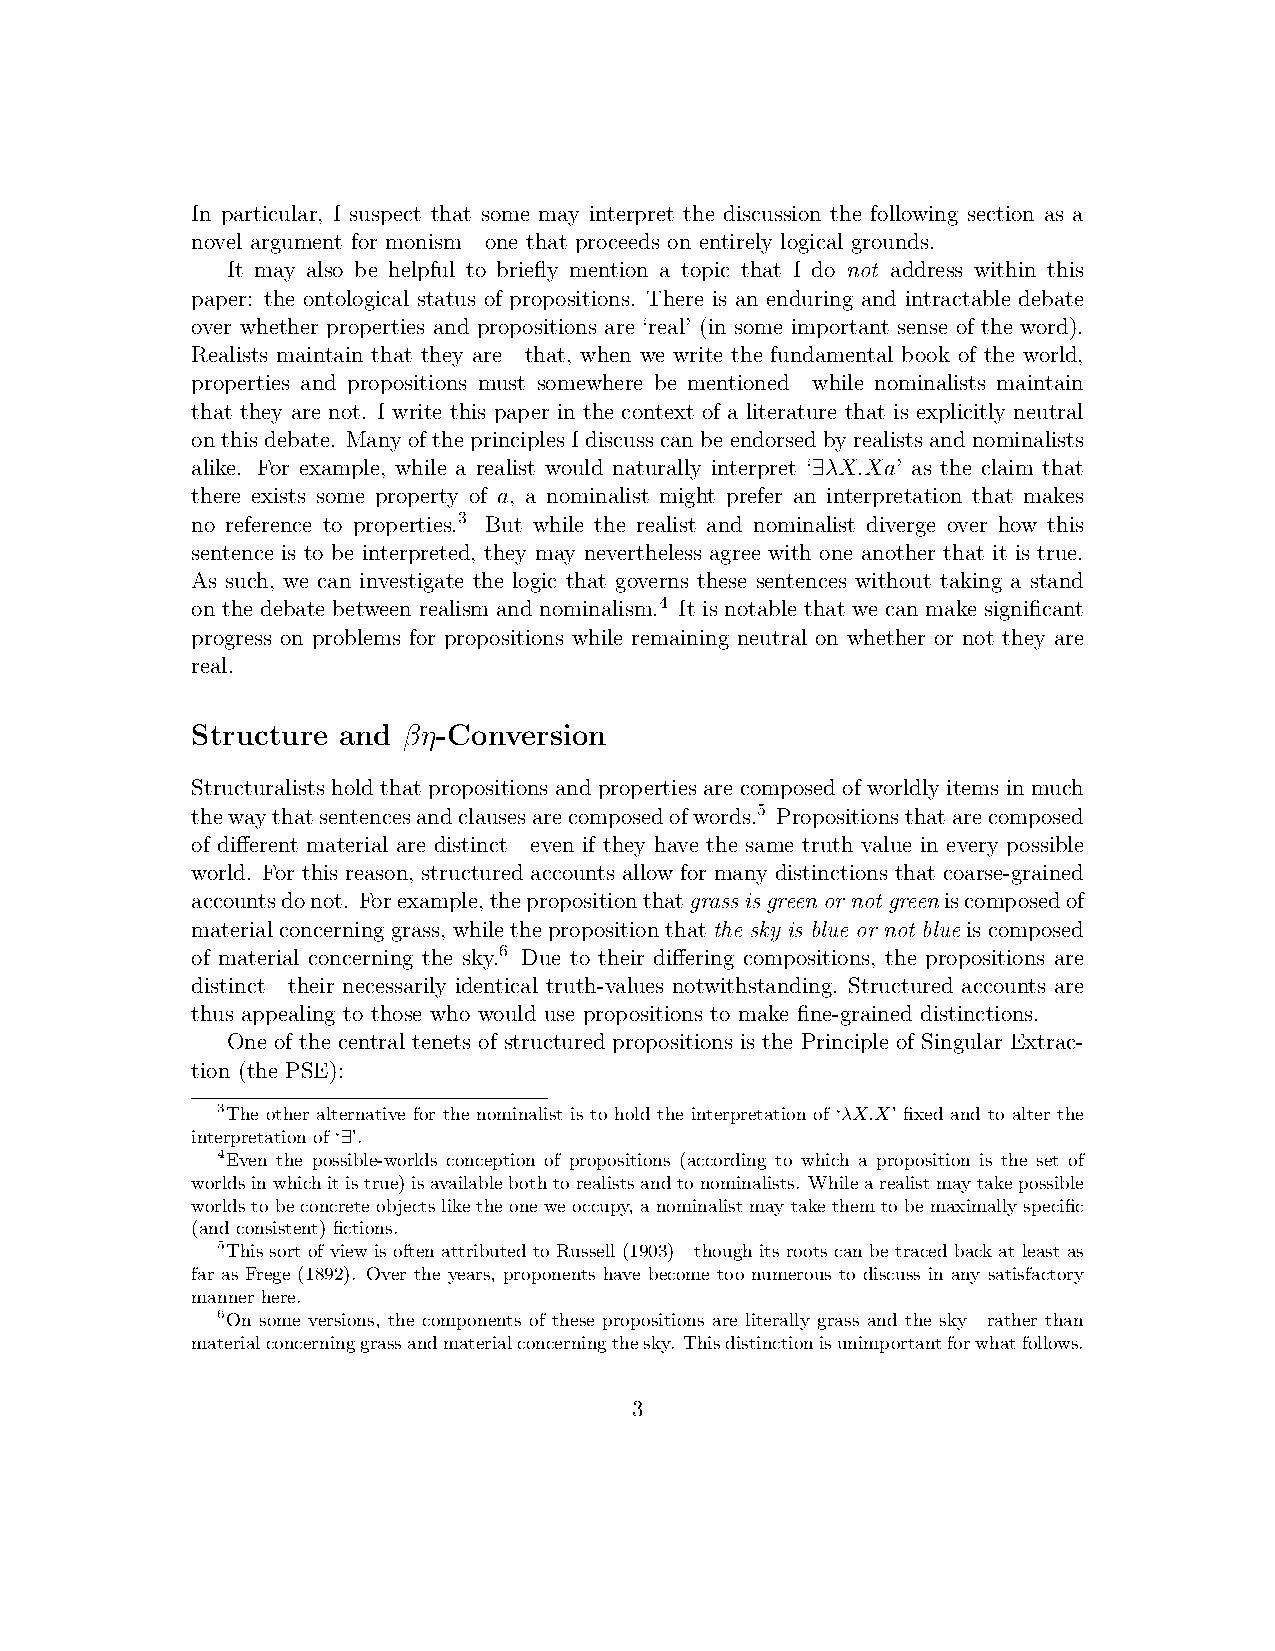
In particular, I suspect that some may interpret the discussion the following section as a
 novel argument for monism—one that proceeds on entirely logical grounds.
 It may also be helpful to briefly mention a topic that I do not address within this
 paper: the ontological status of propositions. There is an enduring and intractable debate
 over whether properties and propositions are ‘real’ (in some important sense of the word).
 Realists maintain that they are—that, when we write the fundamental book of the world,
 properties and propositions must somewhere be mentioned—while nominalists maintain
 that they are not. I write this paper in the context of a literature that is explicitly neutral
 on this debate. Many of the principles I discuss can be endorsed by realists and nominalists
 alike. For example, while a realist would naturally interpret ‘ λX.Xa’ as the claim that
 ∃
 there exists some property of a, a nominalist might prefer an interpretation that makes
 no reference to properties.3 But while the realist and nominalist diverge over how this
 sentence is to be interpreted, they may nevertheless agree with one another that it is true.
 As such, we can investigate the logic that governs these sentences without taking a stand
 on the debate between realism and nominalism.4 It is notable that we can make significant
 progress on problems for propositions while remaining neutral on whether or not they are
 real.
 Structure and βη-Conversion
 Structuralists hold that propositions and properties are composed of worldly items in much
 thewaythatsentencesandclausesarecomposedofwords.5 Propositionsthatarecomposed
 of different material are distinct—even if they have the same truth value in every possible
 world. For this reason, structured accounts allow for many distinctions that coarse-grained
 accountsdonot. Forexample,thepropositionthatgrassisgreenornotgreeniscomposedof
 materialconcerninggrass, whilethepropositionthatthe sky is blue or not blueiscomposed
 of material concerning the sky.6 Due to their differing compositions, the propositions are
 distinct—their necessarily identical truth-values notwithstanding. Structured accounts are
 thus appealing to those who would use propositions to make fine-grained distinctions.
 One of the central tenets of structured propositions is the Principle of Singular Extrac-
 tion (the PSE):
 3The other alternative for the nominalist is to hold the interpretation of ‘λX.X’ fixed and to alter the
 interpretation of ‘ ’.
 ∃
 4Even the possible-worlds conception of propositions (according to which a proposition is the set of
 worldsinwhichitistrue)isavailablebothtorealistsandtonominalists. Whilearealistmaytakepossible
 worldstobeconcreteobjectsliketheoneweoccupy,anominalistmaytakethemtobemaximallyspecific
 (and consistent) fictions.
 5This sort of view is often attributed to Russell (1903)—though its roots can be traced back at least as
 far as Frege (1892). Over the years, proponents have become too numerous to discuss in any satisfactory
 manner here.
 6On some versions, the components of these propositions are literally grass and the sky—rather than
 materialconcerninggrassandmaterialconcerningthesky. Thisdistinctionisunimportantforwhatfollows.
 3